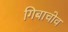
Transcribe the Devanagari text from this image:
गिबाचोव